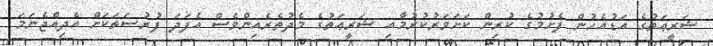
ޝަރީޢަތުގެ އަޑުއެހުން ފެށުމުގެ ކުރިން ކަށަވަރުކުރުމާއި ޝަރީޢަތުގެ މެދުތެރެއިންވެސް އެފަދަ ފުރުޞަތަކަށް އެދިއްޖެނަމަ